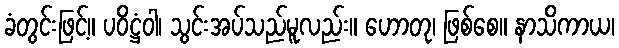
ခံတွင်းဖြင့်။ ပဝိဋ္ဌံဝါ၊ သွင်းအပ်သည်မူလည်း။ ဟောတု၊ ဖြစ်စေ။ နာသိကာယ၊